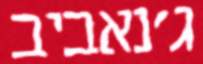
ג'נאביב